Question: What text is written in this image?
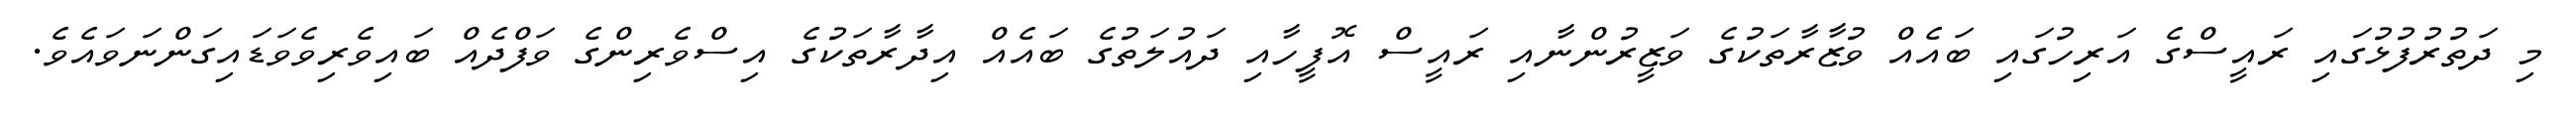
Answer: މި ދަތުރުފުޅުގައި ރައީސްގެ އަރިހުގައި ބައެއް ވުޒާރާތަކުގެ ވަޒީރުންނާއި ރައީސް އޮފީހާއި ދައުލަތުގެ ބައެއް އިދާރާތަކުގެ އިސްވެރިންގެ ވަފްދެއް ބައިވެރިވެވަޑައިގަންނަވައެވެ.